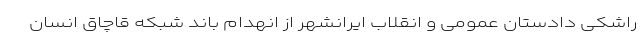
راشکی دادستان عمومی و انقلاب ایرانشهر از انهدام باند شبکه قاچاق انسان